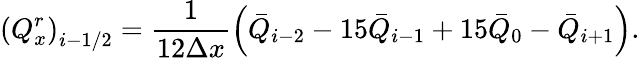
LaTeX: {{\left(Q_{x}^{r}\right)}_{i-1/2}}=\frac{1}{12\Delta x}\left({{{\bar{Q}}}_{i-2}}-15{{{\bar{Q}}}_{i-1}}+15{{{\bar{Q}}}_{0}}-{{{\bar{Q}}}_{i+1}}\right).